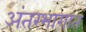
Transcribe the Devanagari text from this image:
अंतरभागात